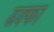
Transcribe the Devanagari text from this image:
ढक्का